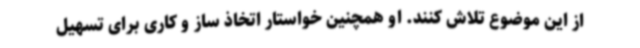
از این موضوع تلاش کنند. او همچنین خواستار اتخاذ ساز و کاری برای تسهیل